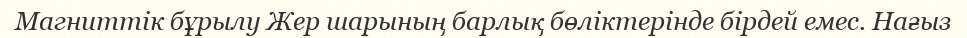
Магниттік бұрылу Жер шарының барлық бөліктерінде бірдей емес. Нағыз